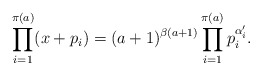
\begin{align*} \prod_{i = 1}^{\pi(a)} (x + p_i) = (a + 1)^{\beta(a + 1)}\prod_{i = 1}^{\pi(a)}p_i^{\alpha_i'}. \end{align*}